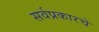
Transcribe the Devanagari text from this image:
सर्वप्रकारचे